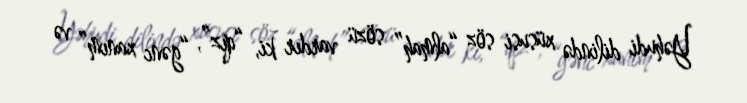
Yəhudi dilində xüsusi söz “almah” sözü vardır ki, “qız”, “gənc xanım” və